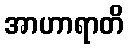
အာဟာရာတိ